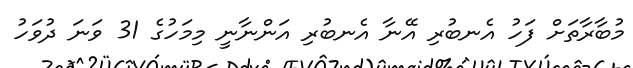
މުބާރާތަށް ފަހު އެނބުރި އޭނާ އެނބުރި އަންނާނީ މިމަހުގެ 31 ވަނަ ދުވަހު